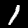
Label: 1